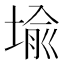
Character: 堬